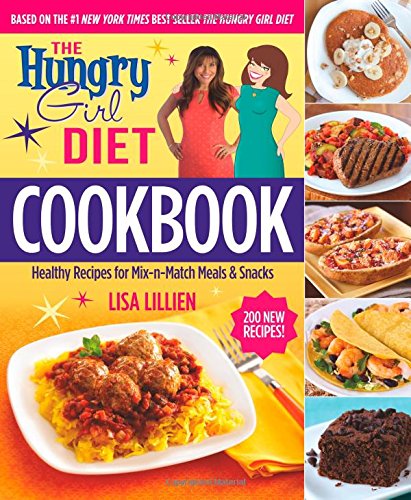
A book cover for The Hungry Girl Diet Cookbook: Healthy Recipes for Mix-n-Match Meals & Snacks; Lisa Lillien; Cookbooks, Food & Wine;